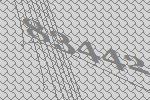
83442